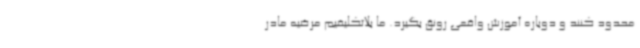
محدود کنند و دوباره آموزش واقعی رونق بگیرد. ما بلاتکلیفیم مرضیه مادر